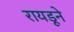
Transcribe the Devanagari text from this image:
रायडूने